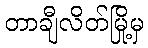
တာချီလိတ်မြို့မှ